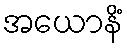
အယောနိံ